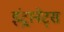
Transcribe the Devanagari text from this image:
इंट्रानेट्स